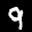
Label: 9